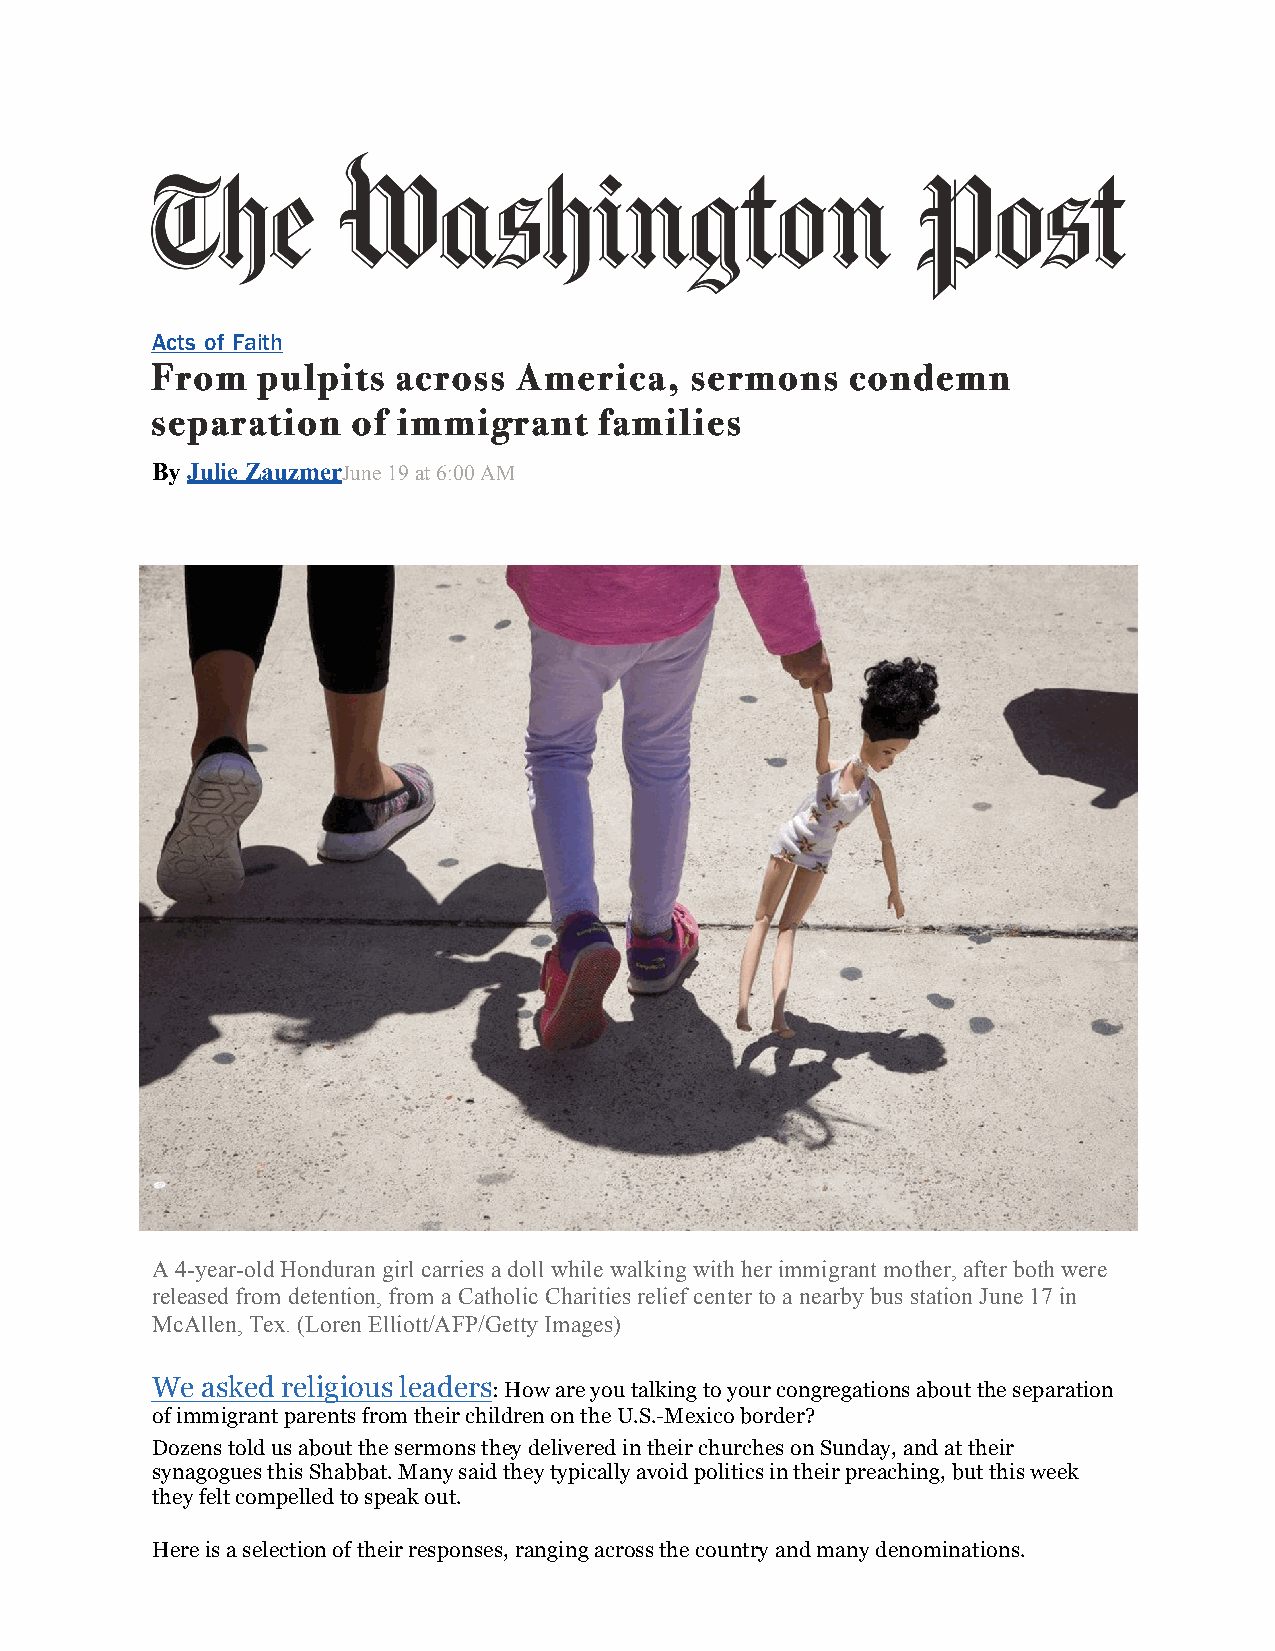
Acts of Faith
 From   pulpits  across  America,    sermons   condemn
 separation   of immigrant     families
 By Julie ZauzmerJune 19 at 6:00 AM
 A 4-year-old Honduran girl carries a doll while walking with her immigrant mother, after both were
 released from detention, from a Catholic Charities relief center to a nearby bus station June 17 in
 McAllen, Tex. (Loren Elliott/AFP/Getty Images)
 We asked religious leaders: How are you talking to your congregations about the separation
 of immigrant parents from their children on the U.S.-Mexico border?
 Dozens told us about the sermons they delivered in their churches on Sunday, and at their
 synagogues this Shabbat. Many said they typically avoid politics in their preaching, but this week
 they felt compelled to speak out.
 Here is a selection of their responses, ranging across the country and many denominations.